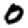
Digit: 0